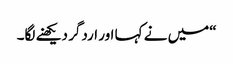
“میں نے کہا اور اردگر دیکھنے لگا۔